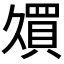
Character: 𫡠